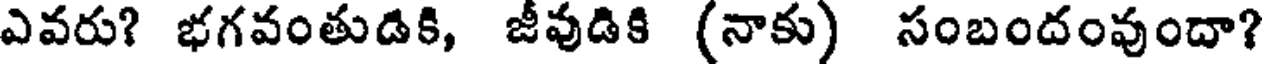
ఎవరు? భగవంతుడికి, జీవుడికి (నాకు) సంబందంవుందా?